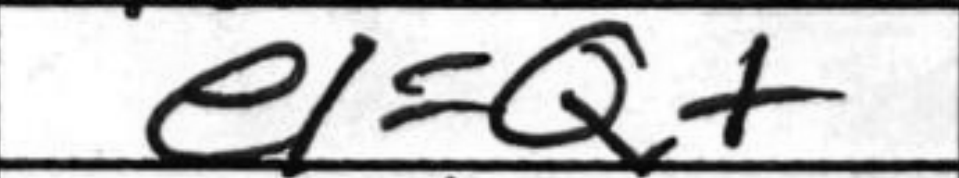
Transcription: e1=Q+